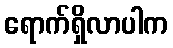
ရောက်ရှိလာပါက